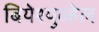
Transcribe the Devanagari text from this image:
बियेश्युव्हेल